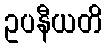
ဥပနီယတိ